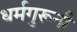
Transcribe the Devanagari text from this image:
धर्मगुरूनी